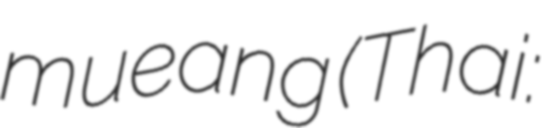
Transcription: mueang (Thai: